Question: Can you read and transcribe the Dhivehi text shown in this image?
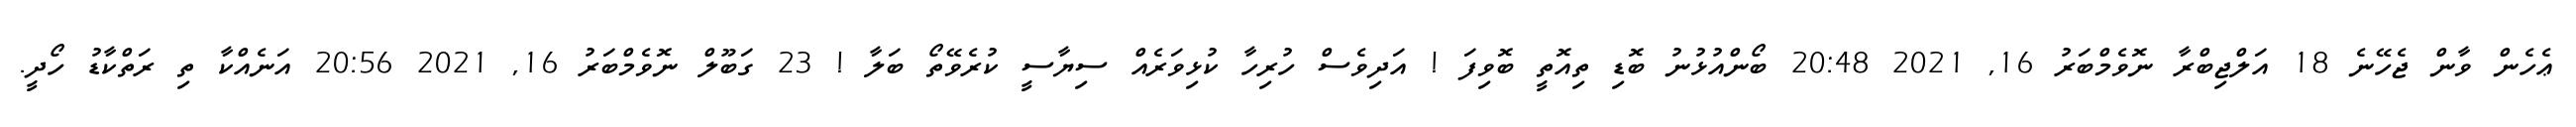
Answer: ޢެހެން ވާން ޖެހޭނެ 18 އަލްޖިބްރާ ނޮވެމްބަރު 16, 2021 20:48 ބޯންއުޅުނު ބޮޑި ތިއޮތީ ބޮވިފަ ! އަދިވެސް ހުރިހާ ކުޅިވަރެއް ސިޔާސީ ކުރެވޭތޯ ބަލާ ! 23 ގަބޫލް ނޮވެމްބަރު 16, 2021 20:56 އަނެއްކާ ތި ރަތްކާޑު ހޯދީ.